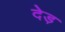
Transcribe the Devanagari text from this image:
देड़